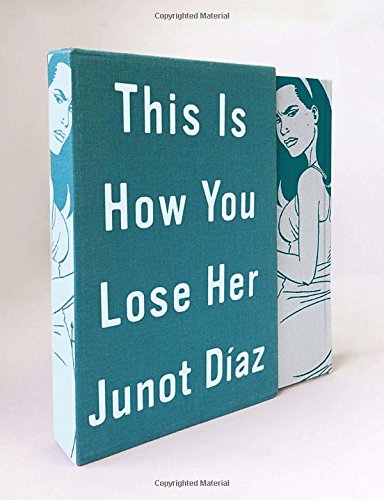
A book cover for This Is How You Lose Her Deluxe Edition; Junot Diaz; Literature & Fiction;